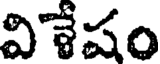
విశేషం